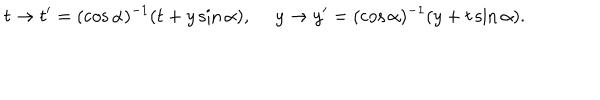
LaTeX: t \to t ^ { \prime } = ( \cos \alpha ) ^ { - 1 } ( t + y \sin \alpha ) , \ y \to y ^ { \prime } = ( \cos \alpha ) ^ { - 1 } ( y + t \sin \alpha ) .